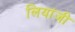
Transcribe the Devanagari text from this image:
लियांजी